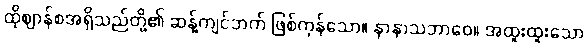
ထိုဈာန်စအရှိသည်တို့၏ ဆန့်ကျင်ဘက် ဖြစ်ကုန်သော။ နာနာသဘာဝေ။ အထူးထူးသော